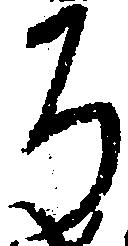
そ